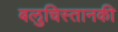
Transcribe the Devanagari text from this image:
बलुचिस्तानकी